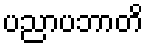
ပညာပဘာတိ